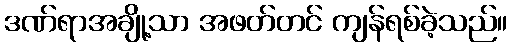
ဒဏ်ရာအချို့သာ အဖတ်တင် ကျန်ရစ်ခဲ့သည်။